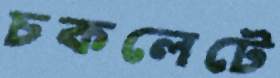
চকলেটে